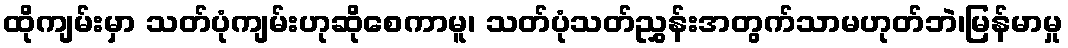
ထိုကျမ်းမှာ သတ်ပုံကျမ်းဟုဆိုစေကာမူ၊ သတ်ပုံသတ်ညွှန်းအတွက်သာမဟုတ်ဘဲ၊မြန်မာမှု